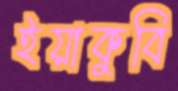
ইয়াকুবি